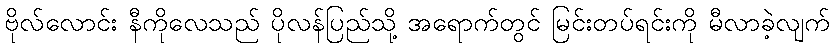
ဗိုလ်လောင်း နီကိုလေသည် ပိုလန်ပြည်သို့ အရောက်တွင် မြင်းတပ်ရင်းကို မီလာခဲ့လျက်